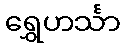
ရွှေဟင်္သာ